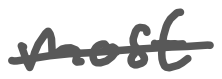
Text: most
Cross-out: single-line
Writing tool: digital_gray